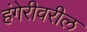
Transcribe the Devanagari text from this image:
हंगेरीवरील